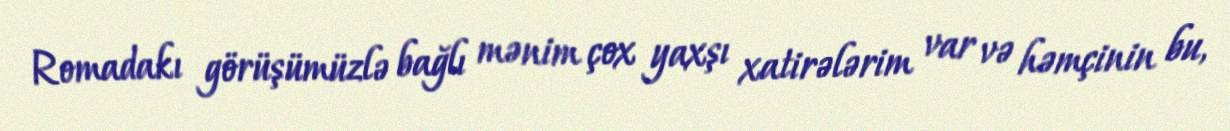
Romadakı görüşümüzlə bağlı mənim çox yaxşı xatirələrim var və həmçinin bu,